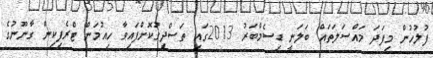
ފުލުހުން މިފަދަ މައްސަލަތައް ބަލަނީ ޑިސެމްބަރު 2013ގައި ތަސްދީިގުކޮށްފައިވާ ހިއުމަން ޓްރެފިކިން ގާނޫނުގެ